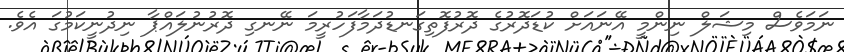
ނަމަވެސް މިޝަލް ނިންމީ އޭނައަށް ކުޑަދޮރުގެ ދޮރުފޮތިގަނޑުދަމާފަހުރީމަ ނޭނގި ދޮރުނުލައްޕާ ނިދުނީކަމުގަ އެވެ.